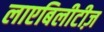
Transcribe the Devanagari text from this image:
लाएबिलीटीज़